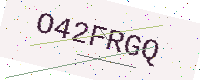
Text: O42FRGQ